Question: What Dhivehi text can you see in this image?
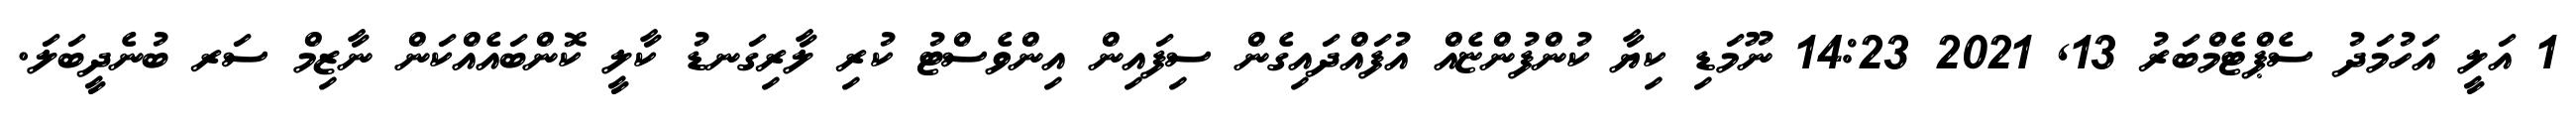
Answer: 1 އަލީ އަހުމަދު ސެޕްޓެމްބަރު 13, 2021 14:23 ނޫމަޑި ކިޔާ ކުންފުންޏެއް އުފައްދައިގެން ސިފައިން އިންވެސްޓު ކުރި ލާރިގަނޑު ކާލީ ކޮންބައެއްކަން ނާޒިމް ސަރ ބުނެދީބަލަ.